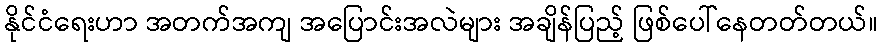
နိုင်ငံရေးဟာ အတက်အကျ အပြောင်းအလဲများ အချိန်ပြည့် ဖြစ်ပေါ်နေတတ်တယ်။